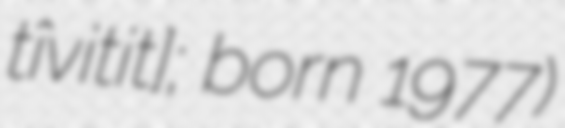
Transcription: ʃtîv̞itʃitɕ]; born 1977)